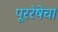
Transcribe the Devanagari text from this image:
पूररेषेचा